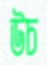
উচ